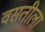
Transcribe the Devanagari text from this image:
वसतीला